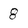
Character: 8